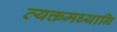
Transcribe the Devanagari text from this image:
व्यक्तमध्यानि